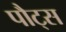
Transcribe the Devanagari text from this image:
पौट्स